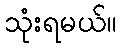
သုံးရမယ်။